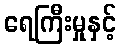
ရေကြီးမှုနှင့်